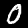
Label: 0